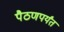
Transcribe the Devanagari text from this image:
पैठणपर्यंत